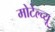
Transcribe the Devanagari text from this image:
मोटेल्च्यू